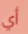
أي